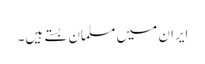
ایران میں مسلمان بستے ہیں۔